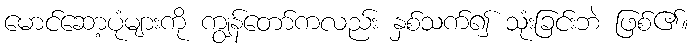
မောင်ဆော့ပုံများကို ကျွန်တော်ကလည်း နှစ်သက်၍ သုံးခြင်းဘဲ ဖြစ်၏။